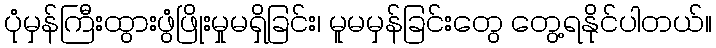
ပုံမှန်ကြီးထွားဖွံဖြိုးမှုမရှိခြင်း၊ မူမမှန်ခြင်းတွေ တွေ့ရနိုင်ပါတယ်။